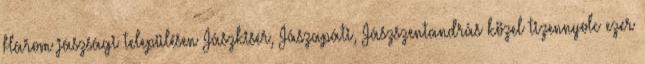
Három jászsági településen Jászkisér, Jászapáti, Jászszentandrás közel tizennyolc ezer